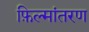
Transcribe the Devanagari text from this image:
फ़िल्मांतरण